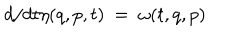
{ d } / { d t } \eta ( q , p , t ) \ = \ \omega ( t , q , p )